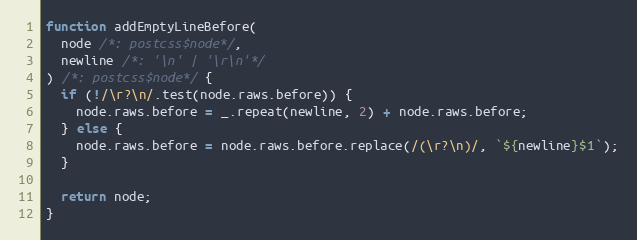
Language: JavaScript
function addEmptyLineBefore(
  node /*: postcss$node*/,
  newline /*: '\n' | '\r\n'*/
) /*: postcss$node*/ {
  if (!/\r?\n/.test(node.raws.before)) {
    node.raws.before = _.repeat(newline, 2) + node.raws.before;
  } else {
    node.raws.before = node.raws.before.replace(/(\r?\n)/, `${newline}$1`);
  }

  return node;
}